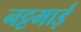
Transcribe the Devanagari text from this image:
नट्टमाई